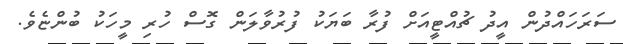
ސަރަހައްދުން އީދު ޗުއްޓީއަށް ފުރާ ބަޔަކު ފުރުވާލަން ގޮސް ހުރި މީހަކު ބުންޏެވެ.